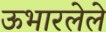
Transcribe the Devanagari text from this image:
ऊभारलेले